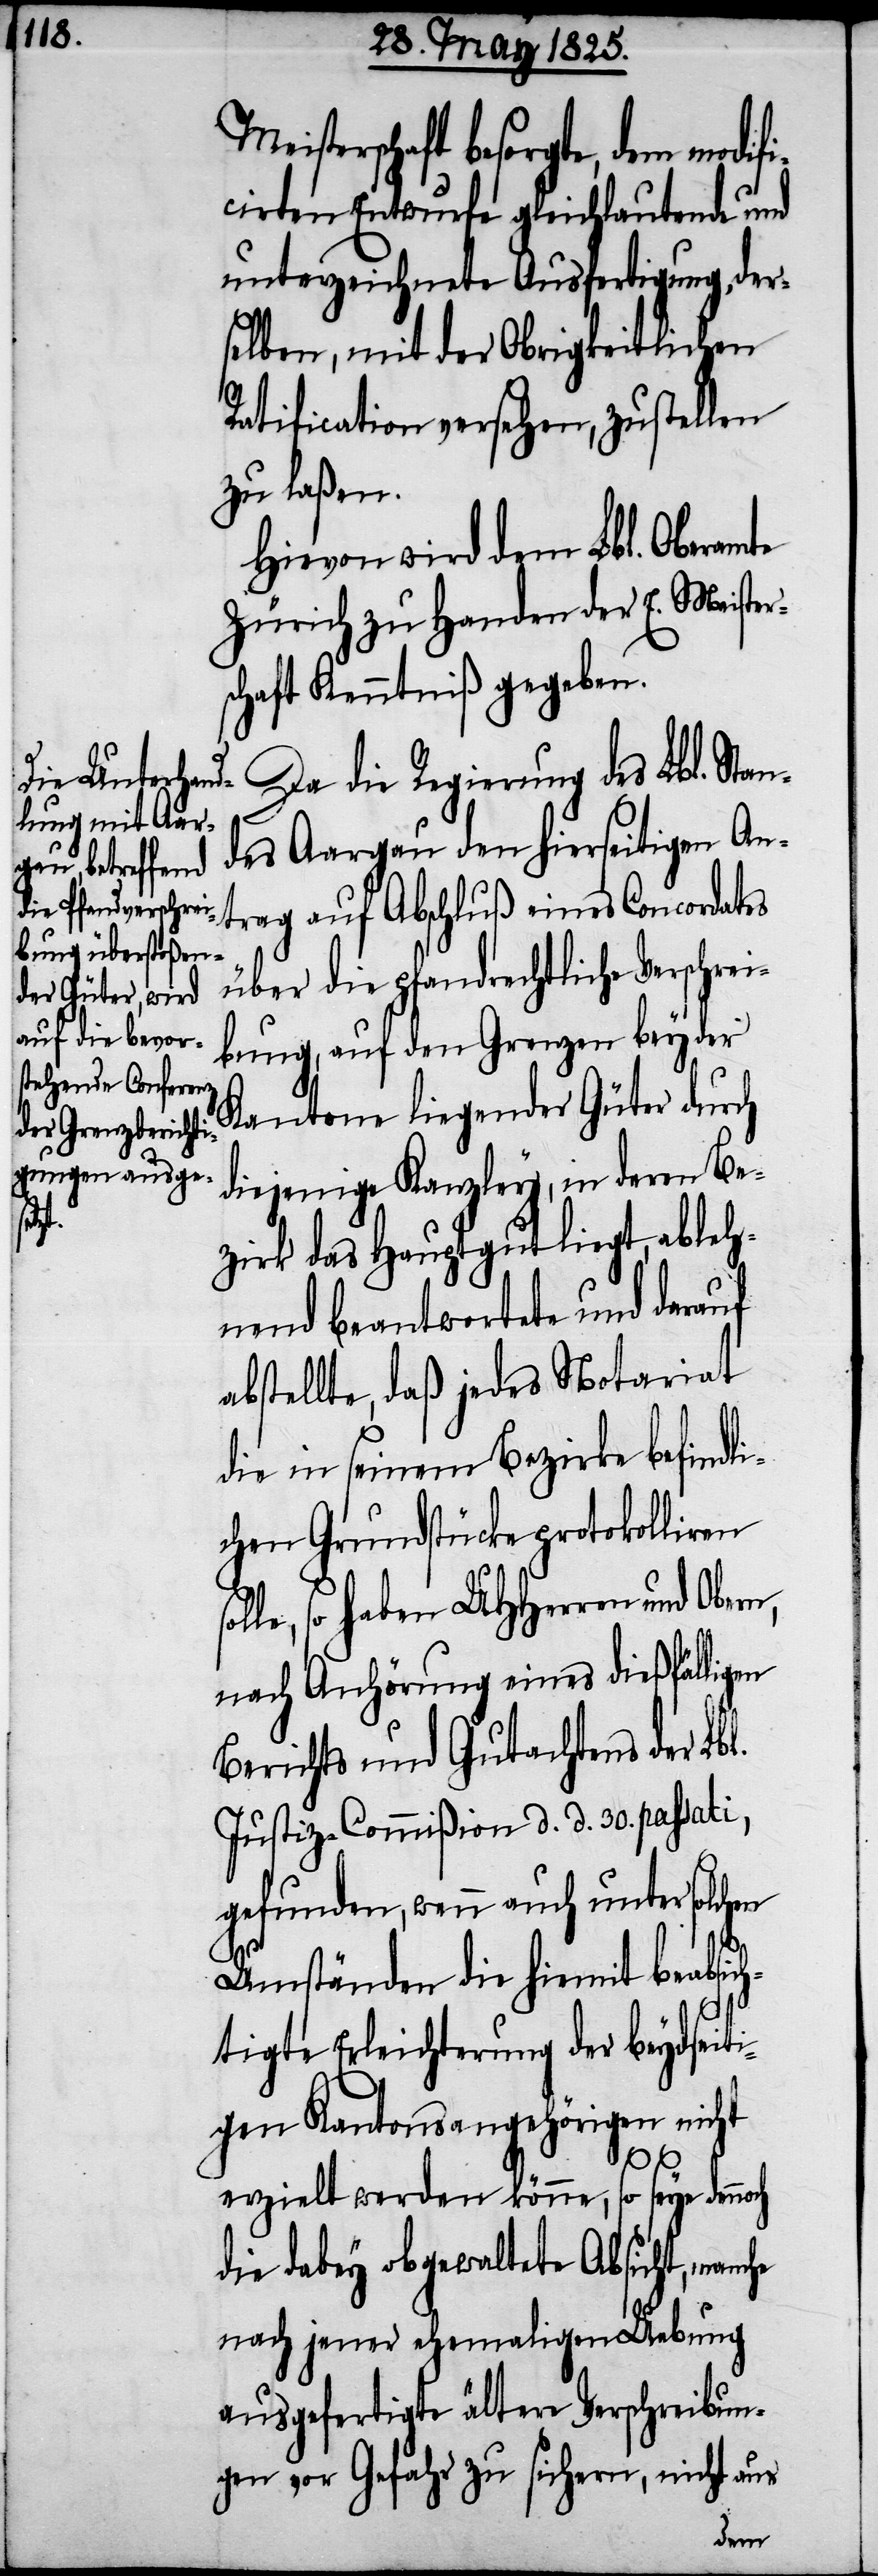
eisterschaft besorgte, dem modi¬
cirten Entwurfe gleichlautende und
unterzeichnete Ausfertigung, der¬
selben, mit der Obrigkeitlichen
Ratification versehen, zustellen
zu laßen.
Hievon wird dem Lbl. Oberamte
Zürich zu Handen der E. Meister¬
schaft Kenntniß gegeben.
Da die Regierung des Lbl. Stan¬
des Aargau den hierseitigen An¬
trag auf Abschluß eines Concordates
über die pfandrechtliche Verschrei¬
bung, auf den Grenzen beyder
Kantone liegender Güter durch
diejenige Kanzley, in deren Be¬
he
zirk das Hauptgut liegt, ableh¬
nend beantwortete und darauf
abstellte, daß jedes Notariat
die in seinem Bezirke befindl¬
ichen Grundstücke protokolliren
lle, so haben UHHerren und Ober¬
nach Anhörung eines dießfälligen
Berichts und Gutachtens der Lbl.
Justiz-Commißion d. d. 30. passati,
gefunden, wenn auch unter solchen
Umständen die hiermit beabsic¬
htigte Erleichterung der beydseit¬
igen Kantonsangehörigen nicht
M¬
erzielt werden könne, so seye dennoch
die dabey obgewaltete Absicht, manc¬
nach jener ehemaligen Uebung
ausgefertigte ältere Verschreibun¬
gen vor Gefahr zu sichern, nicht aus